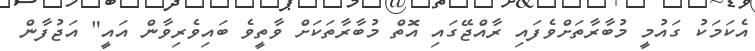
އެކަމަކު ގައުމީ މުބާރާތަށްވެފައި ރާއްޖޭގައި އޮތް މުބާރާތަކަށް ވާތީވެ ބައިވެރިވާން އައީ" އަޖުފާން